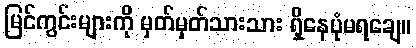
မြင်ကွင်းများကို မှတ်မှတ်သားသား ရှိနေပုံမရချေ။